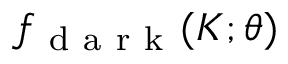
f _ { \mathrm { ~ d ~ a ~ r ~ k ~ } } ( K ; \theta )